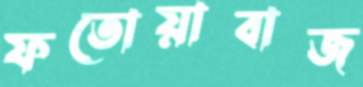
ফতোয়াবাজ